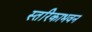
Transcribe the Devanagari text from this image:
स्तरिकाभवन